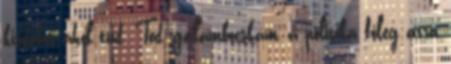
kisdobos ahol tud. Tod, galambocskám, a politika főleg arra